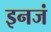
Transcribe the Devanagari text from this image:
इनजं